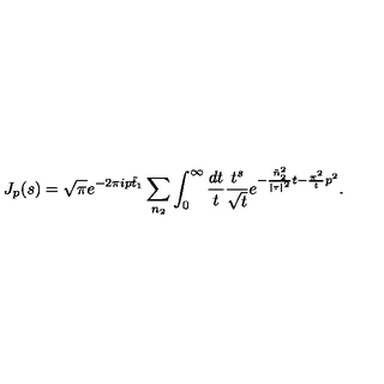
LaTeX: J _ { p } ( s ) = \sqrt { \pi } e ^ { - 2 \pi i p \tilde { t } _ { 1 } } \sum _ { n _ { 2 } } \int _ { 0 } ^ { \infty } \frac { d t } { t } \frac { t ^ { s } } { \sqrt { t } } e ^ { - \frac { \tilde { n } _ { 2 } ^ { 2 } } { | \tau | ^ { 2 } } t - \frac { \pi ^ { 2 } } { t } p ^ { 2 } } .